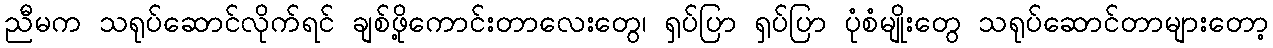
ညီမက သရုပ်ဆောင်လိုက်ရင် ချစ်ဖို့ကောင်းတာလေးတွေ၊ ရှပ်ပြာ ရှပ်ပြာ ပုံစံမျိုးတွေ သရုပ်ဆောင်တာများတော့